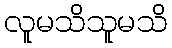
လူမသိသူမသိ